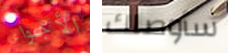
الأجواء سأوصلك